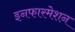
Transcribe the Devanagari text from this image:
इनफारमेशन